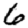
Digit: 6